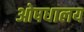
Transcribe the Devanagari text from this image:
ओषधालय